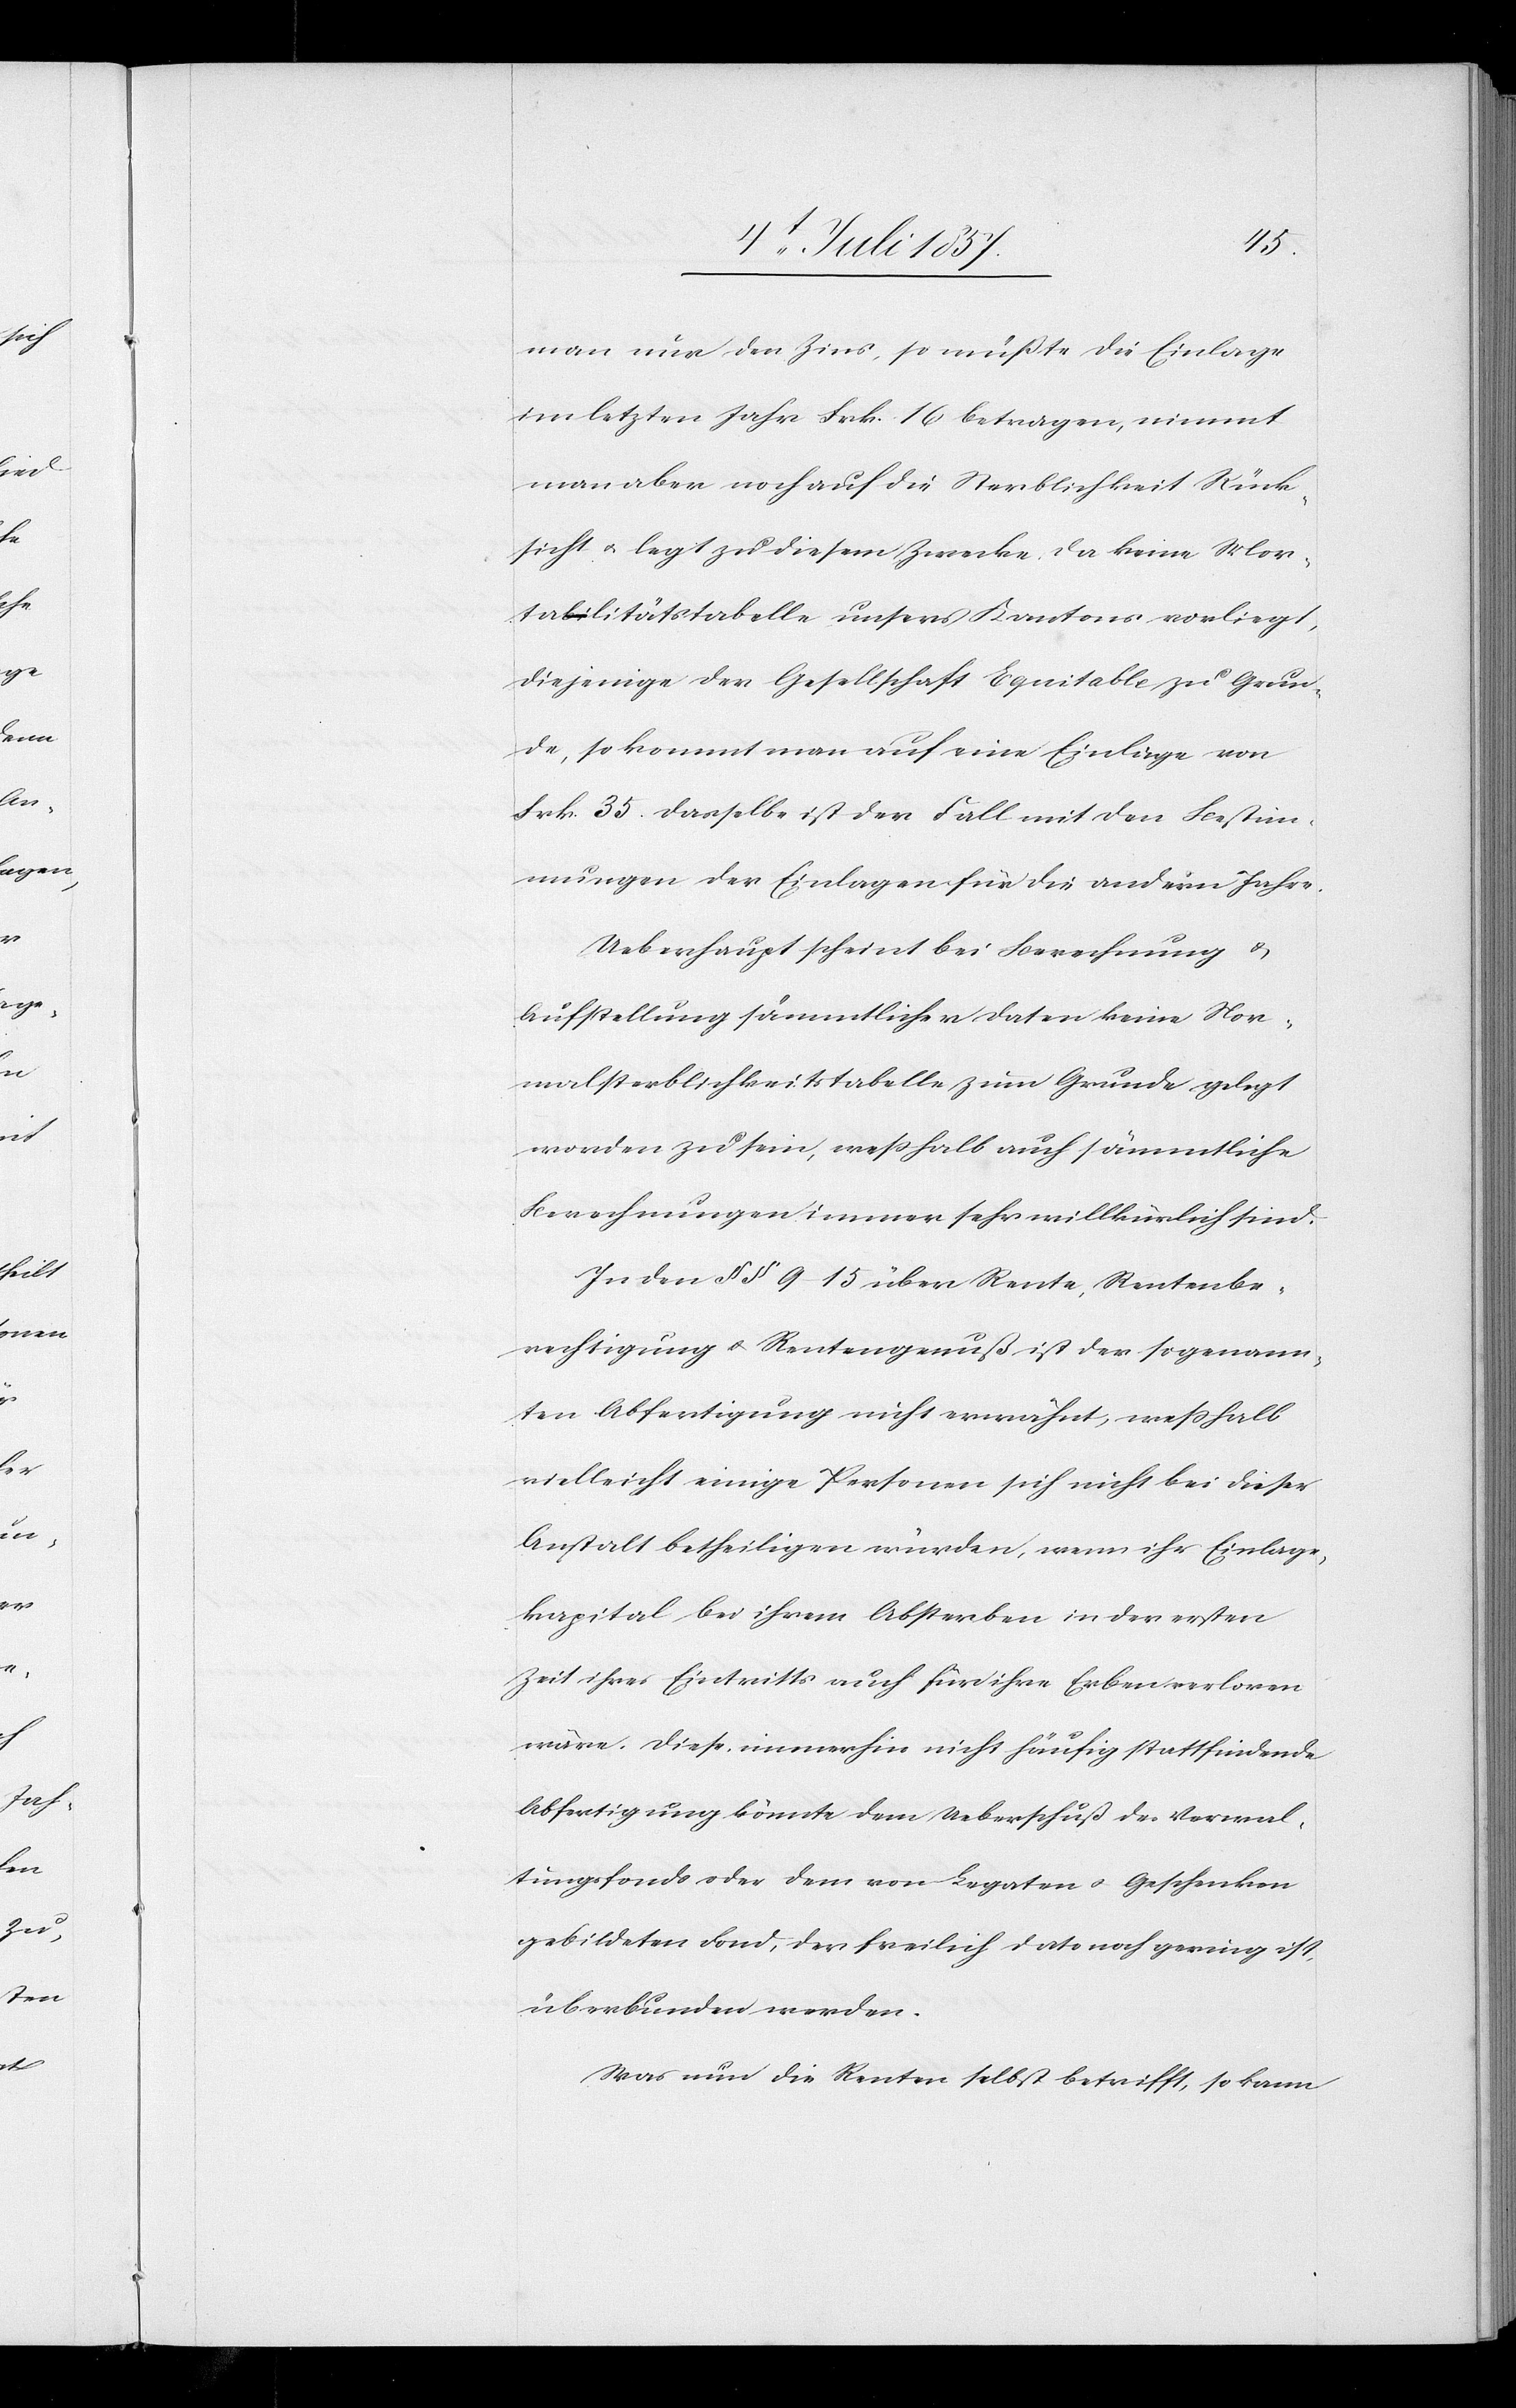
man nur den Zins, so müßte die Einlage
im letzten Jahr Frk. 16 betragen, nimmt
man aber noch auf die Sterblichkeit Rück¬
sicht & legt zu diesem Zwecke da keine Mor¬
tabilitätstabelle unsers Kantons vorliegt,
diejenige der Gesellschaft Equitable zu Grun¬
de, so kommt man auf eine Einlage von
Frk. 35 dasselbe ist der Fall mit den Bestim¬
mungen der Einlagen für die andern Jahre.
Ueberhaupt scheint bei Berechnung &
Aufstellung sämmtlicher Daten keine Nor¬
malsterblichkeitstabelle zum Grunde gelegt
worden zu sein, weßhalb auch sämmtliche
Berechnungen immer sehr willkürlich sind.
In den §§ 9–15 über Rente, Rentenbe¬
rechtigung & Rentengenuß ist [in] der sogenann¬
ten Abfertigung nicht erwähnt, weßhalb
vielleicht einige Personen sich nicht bei dieser
Anstalt betheiligen würden, wenn ihr Einlage¬
kapital bei ihrem Absterben in der ersten
Zeit ihres Eintritts auch für ihre Erben verloren
wäre. Diese immerhin nicht häufig stattfindende
Abfertigung könnte dem Ueberschuß des Verwal¬
tungsfonds oder dem von Legaten & Geschenken
gebildeten Fond, der freilich dato noch gering ist,
überbunden werden.
Was nun die Renten selbst betrifft, so kann